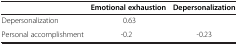
<table><thead><tr><td></td><td><b>Emotional exhaustion</b></td><td><b>Depersonalization</b></td></tr></thead><tbody><tr><td>Depersonalization</td><td>0.63</td><td></td></tr><tr><td>Personal accomplishment</td><td>-0.2</td><td>-0.23</td></tr></tbody></table>